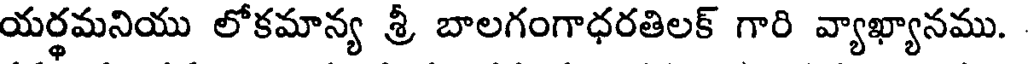
యర్థమనియు లోకమాన్య శ్రీ బాలగంగాధరతిలక్ గారి వ్యాఖ్యానము.